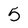
Character: 5